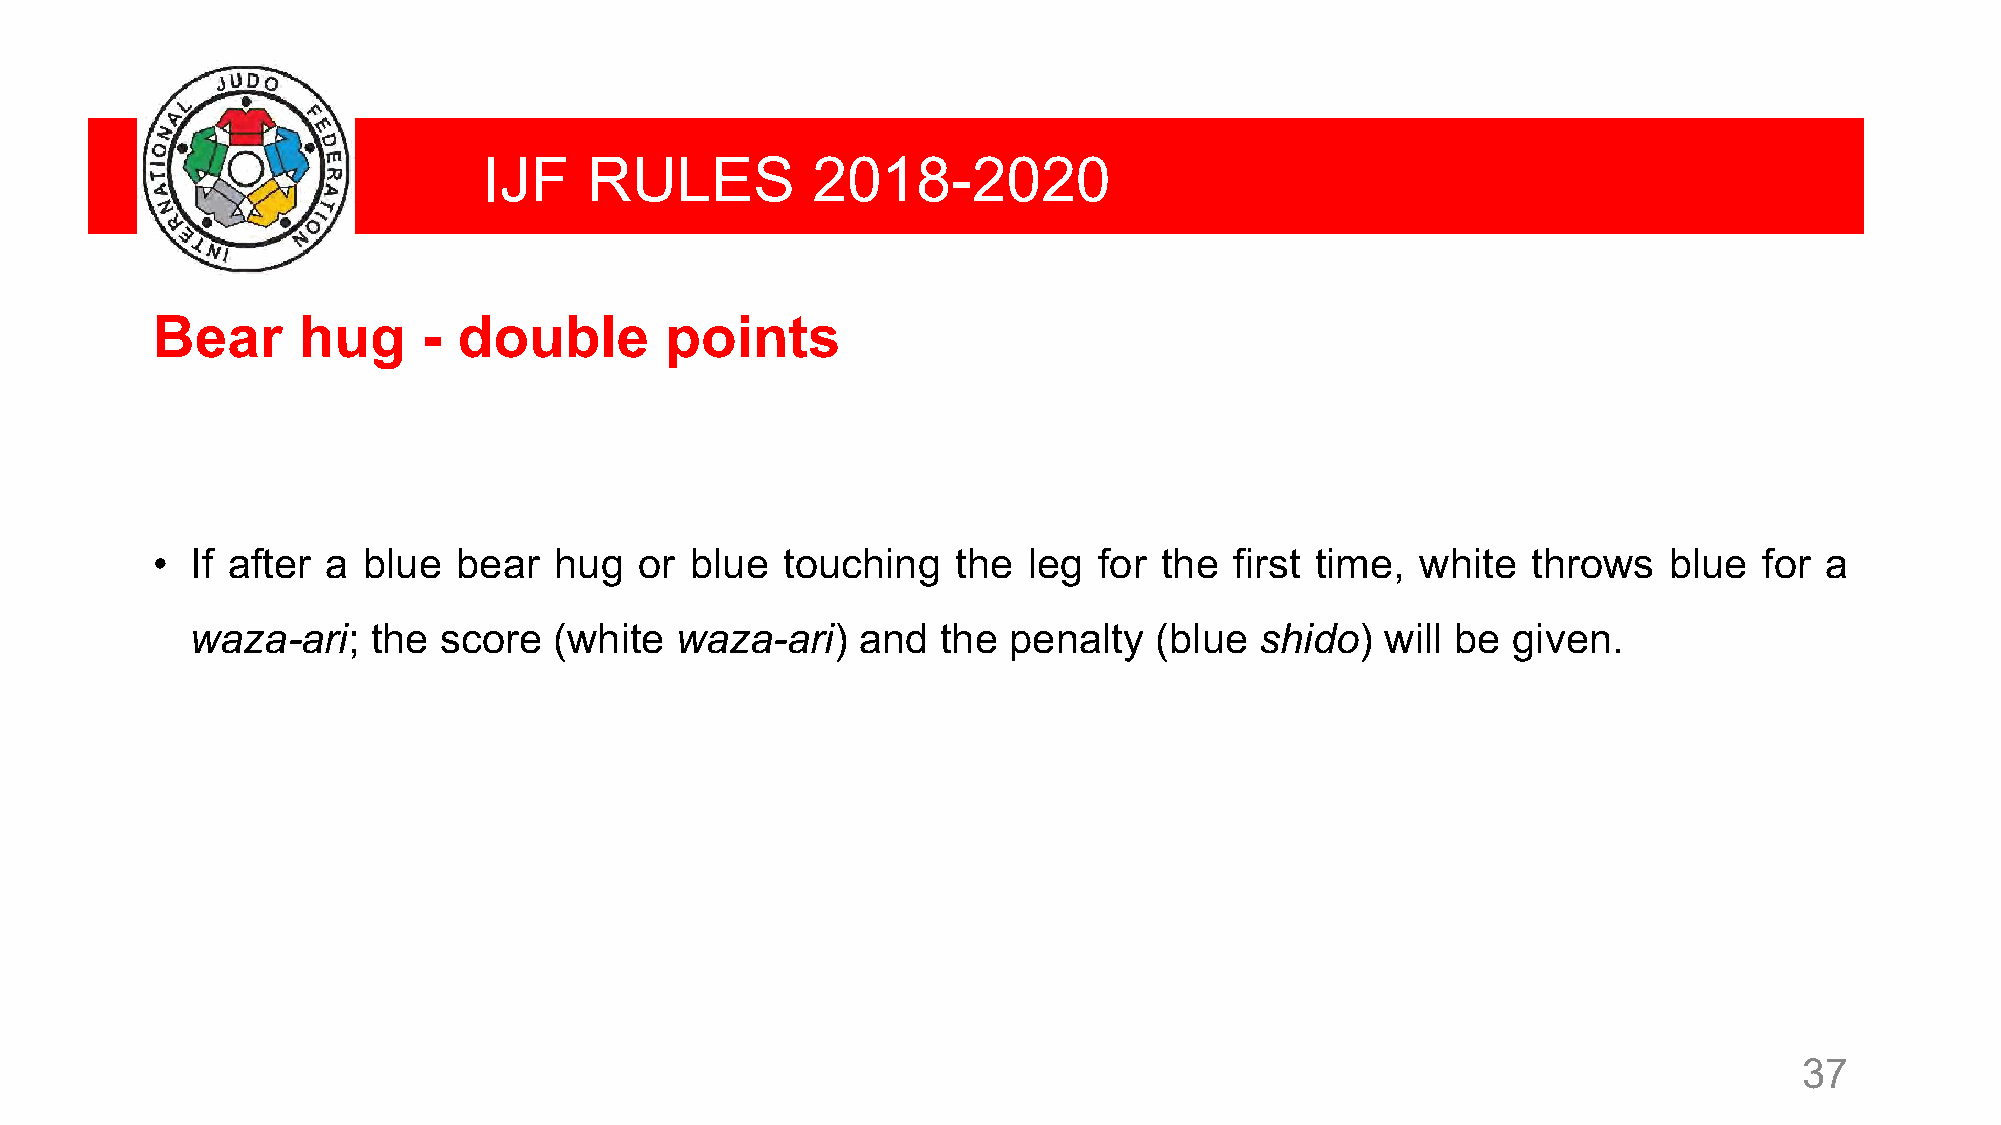
IJF    RULES          2018-2020
 Bear      hug     - double        points
 •  If after a blue  bear   hug  or  blue  touching   the  leg  for the  first time, white  throws   blue   for a
 waza-ari;   the score   (white  waza-ari)   and  the  penalty  (blue  shido)   will be given.
 37